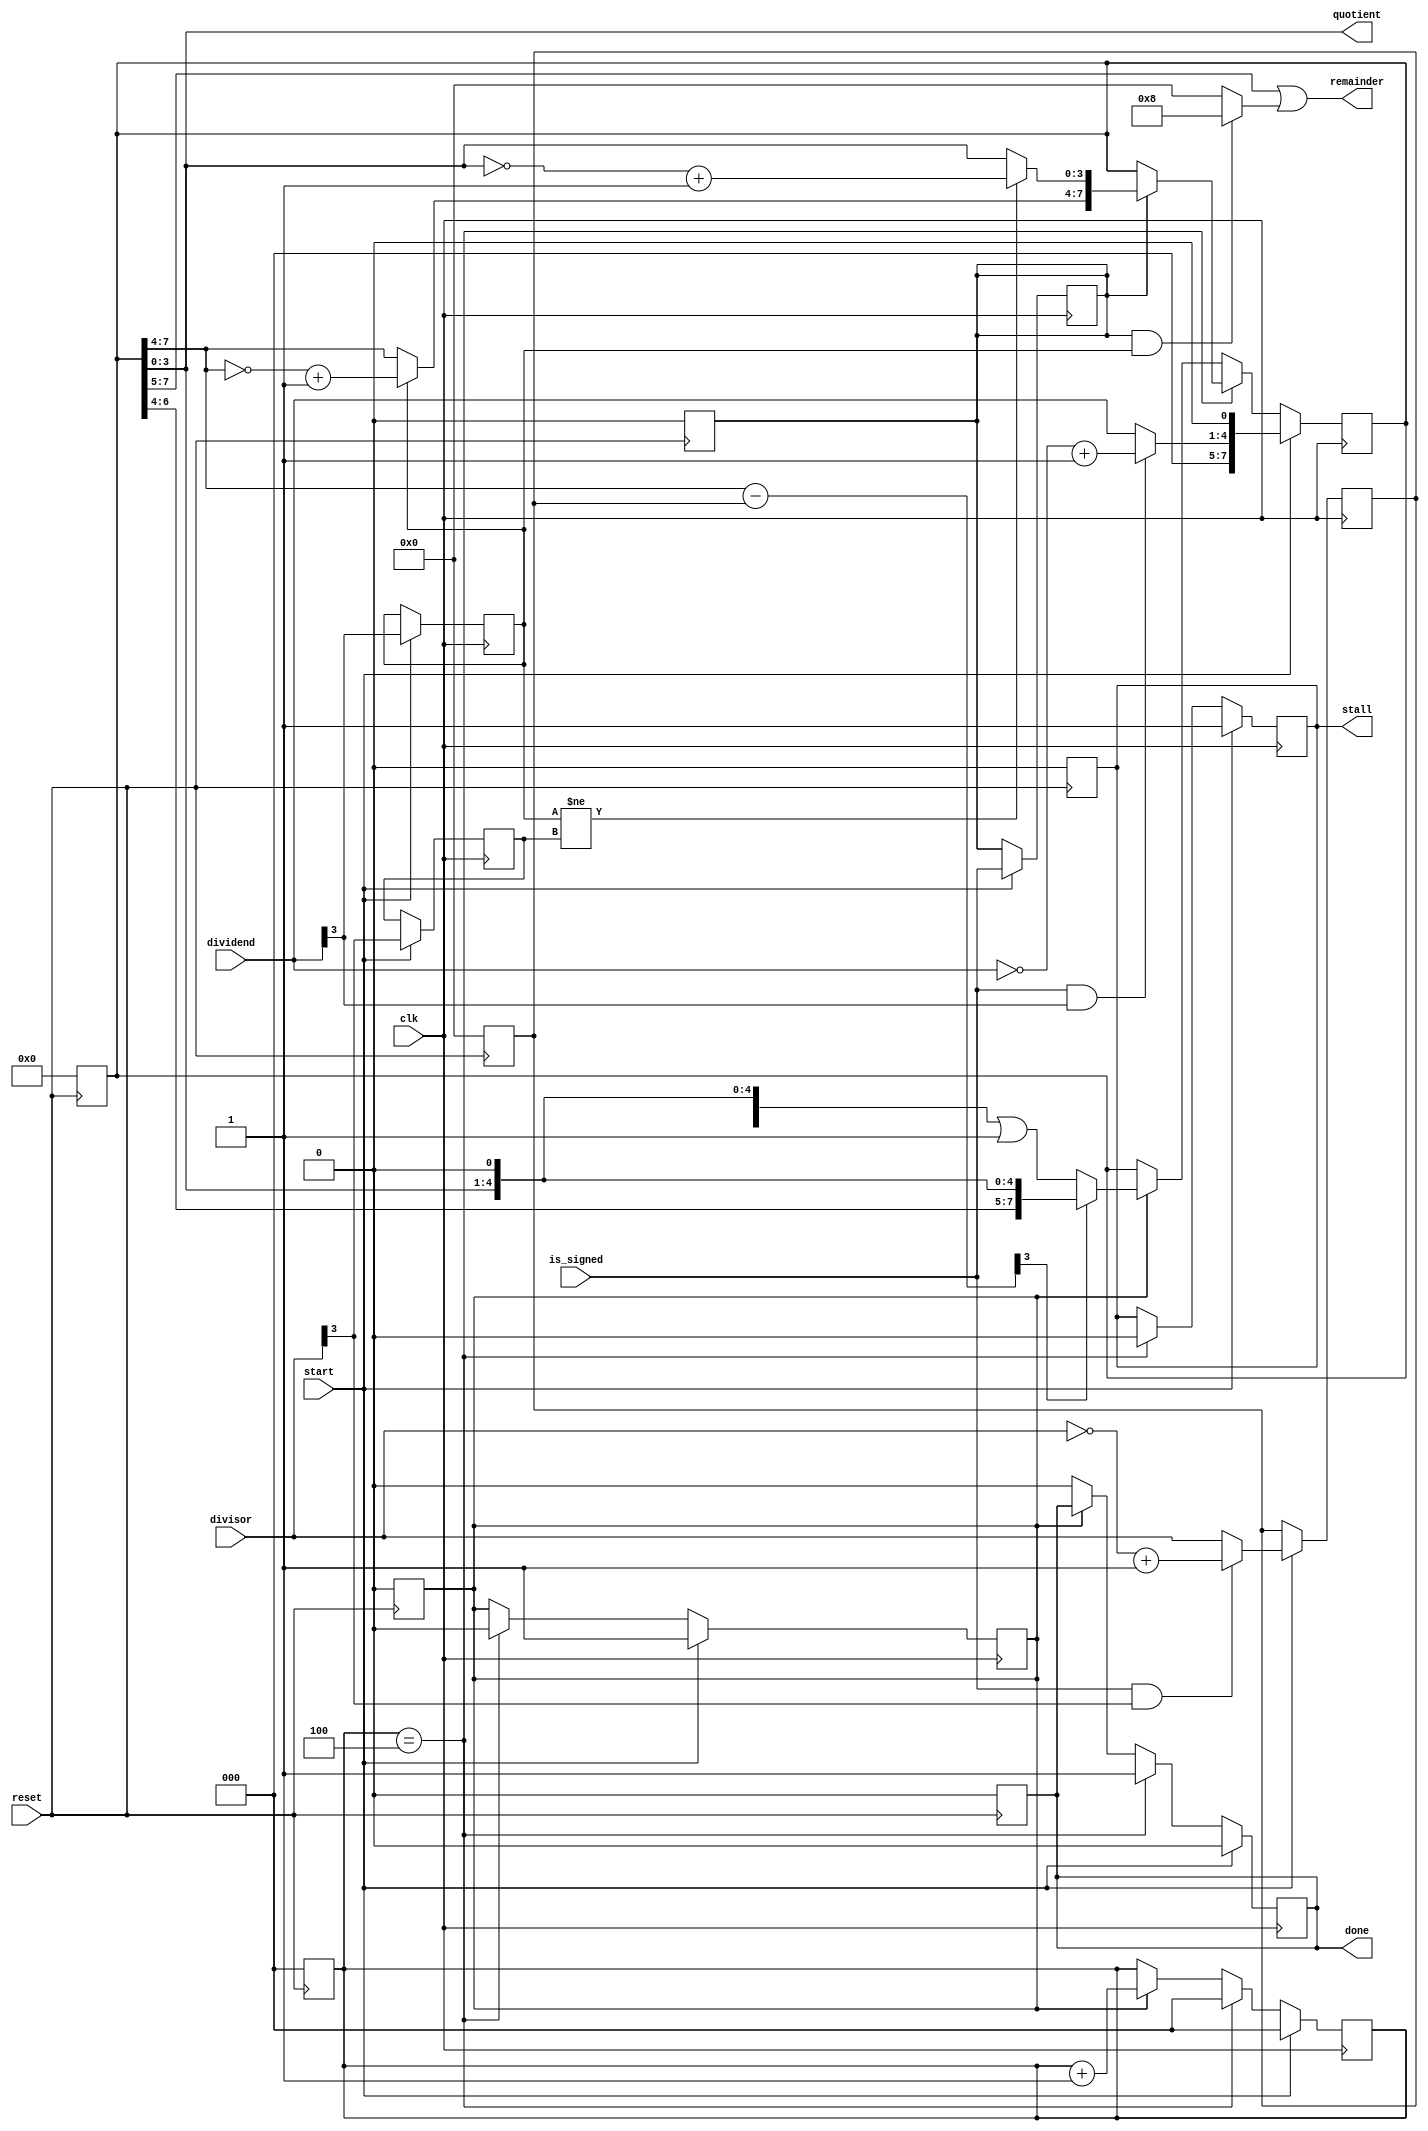
`timescale 1ns / 1ps


module divider #(parameter SIZE=4) (
    input             clk,
    input             reset,
    input             start, 
    input             is_signed,
    input  [SIZE-1:0] dividend,
    input  [SIZE-1:0] divisor,
    output [SIZE-1:0] quotient,
    output [SIZE-1:0] remainder,
    output reg        stall,
    output reg        done
);

    reg              is_signed_b;
    reg [SIZE/2:0]   i;
    reg              active;
    reg              sign_dividend;
    reg              sign_divisor;
    reg [SIZE-1:0]   dividend_b;
    reg [SIZE-1:0]   divisor_b;
    reg [SIZE*2-1:0] quotient_b;
    
    assign quotient  = quotient_b[SIZE-1:0];
    assign remainder = (quotient_b[SIZE*2-1:SIZE] >> 1) | (is_signed_b && sign_dividend ? 'b1 << (SIZE-1) : 0);
    
    // TODO: The concatenation later on literally will not work unless these are
    // their own signals. When you stick the expression together directly in a concatenate,
    // it breaks
    // ????????????????????????
    wire [SIZE-1:0] __why_do_i_need_this_signal_1 = sign_dividend ? ~quotient_b[SIZE*2-1:SIZE] + 'b1 : quotient_b[SIZE*2-1:SIZE];
    wire [SIZE-1:0] __why_do_i_need_this_signal_2 = sign_dividend != sign_divisor ? ~quotient_b[SIZE-1:0] + 'b1 : quotient_b[SIZE-1:0];
    
    always @(posedge reset) begin
        quotient_b = 0;
        dividend_b = 0;
        divisor_b = 0;
        active = 0;
        i = 0;
        done = 0;
        stall = 0;
        is_signed_b = 0;
    end
    
    always @(posedge clk) begin
        if (start) begin
            stall = 1;
            active = 1;
            is_signed_b = is_signed;
            divisor_b = is_signed_b && divisor[SIZE-1] ? (~divisor + 1) : divisor;
            dividend_b = is_signed_b && dividend[SIZE-1] ? (~dividend + 1) : dividend;
            quotient_b = {{SIZE{1'b0}}, dividend_b} << 1;
            i = 0;
            done = 0;
            sign_divisor = divisor[SIZE-1];
            sign_dividend = dividend[SIZE-1];
        end
        else if (i == SIZE) begin
            active = 0;
            stall = 0;
            done = 1;
            i = 0;
            if (is_signed_b) begin
                quotient_b = {__why_do_i_need_this_signal_1, __why_do_i_need_this_signal_2};
            end
        end
        else if (active) begin
            if ((quotient_b[SIZE*2-1:SIZE] - divisor_b) >> (SIZE - 1)) 
                quotient_b = quotient_b << 1;
            else 
                quotient_b = ({quotient_b[SIZE*2-1:SIZE] - divisor_b, quotient[SIZE-1:0]} << 1) | 'b1;
            i = i + 1;
        end
        else if (done) 
            done = 0;
    end

endmodule